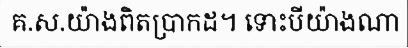
គ.ស.យ៉ាងពិតប្រាកដ។ ទោះបីយ៉ាងណា